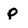
Character: P